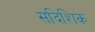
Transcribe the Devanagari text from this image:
सदिशिक